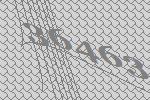
36463